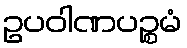
ဥပဝါဏပဉ္စမံ